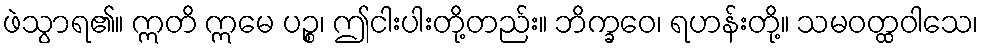
ဖဲသွာရ၏။ ဣတိ ဣမေ ပဉ္စ၊ ဤငါးပါးတို့တည်း။ ဘိက္ခဝေ၊ ရဟန်းတို့။ သမဝတ္ထဝါသေ၊